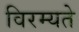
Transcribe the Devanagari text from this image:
विरम्यते